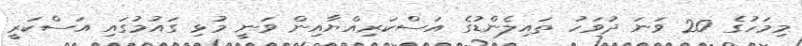
މިމަހުގެ 20 ވަނަ ދުވަހު ތައިލެންޑުގެ އަސްކަރިއްޔާއިން ވަނީ މުޅި ގައުމުގައި އަސްކަރީ